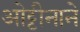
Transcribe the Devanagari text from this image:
ओट्टीनाने